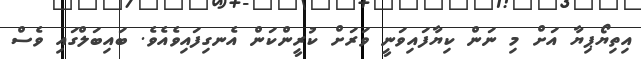
އިތިޔޯޕިޔާ އަށް މި ނަން ކިޔާފައިވަނީ ވަރަށް ކުރީންކަން އެނގިފައިވެއެވެ. ބައިބަލްގައި ވެސް